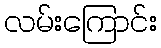
လမ်းကြောင်း